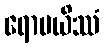
ရောပယိဿံ